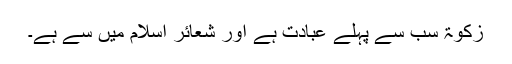
زکوٰۃ سب سے پہلے عبادت ہے اور شعائر اسلام میں سے ہے۔